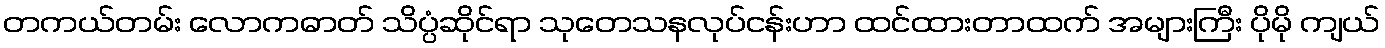
တကယ်တမ်း လောကဓာတ် သိပ္ပံဆိုင်ရာ သုတေသနလုပ်ငန်းဟာ ထင်ထားတာထက် အများကြီး ပိုမို ကျယ်